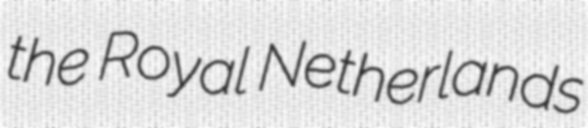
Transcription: the Royal Netherlands